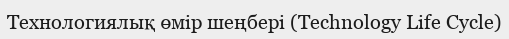
Технологиялық өмір шеңбері (Technology Life Cycle)